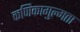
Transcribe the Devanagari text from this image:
कणिकागुल्मता